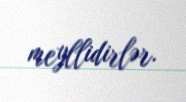
meyllidirlər.